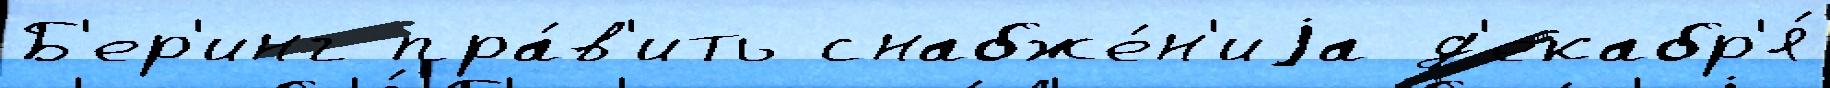
Б'ер'инг пра́в'ить снабже́н'иjа д'екабр'я́